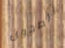
الصحون